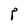
Character: P